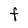
Character: F